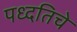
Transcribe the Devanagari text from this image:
पध्दतिचे